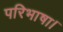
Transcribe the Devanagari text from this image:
परिभाषा।